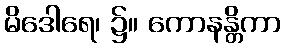
မိဒေါရေ၊ ၌။ ကောနန္တိကာ